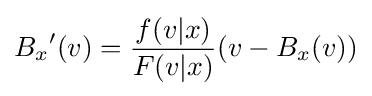
{{B}_{x}}^{\prime }(v)={\frac {f(v|x)}{F(v|x)}}(v-{{B}_{x}}(v))